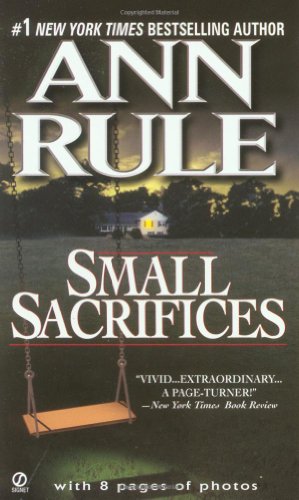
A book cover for Small Sacrifices: A True Story of Passion and Murder (Signet); Ann Rule; Biographies & Memoirs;